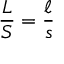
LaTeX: { \frac { L } { S } } = { \frac { \ell } { s } }